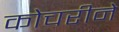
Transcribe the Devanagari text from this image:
कोचरीने